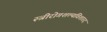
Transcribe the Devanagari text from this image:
स्त्रीरोगशल्यविशारद